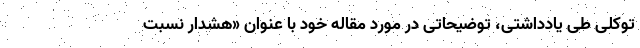
توکلی طی یادداشتی، توضیحاتی در مورد مقاله خود با عنوان «هشدار نسبت